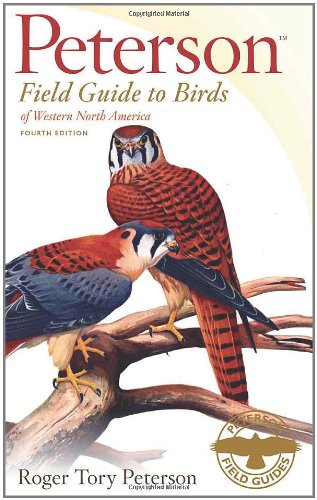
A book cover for Peterson Field Guide to Birds of Western North America, Fourth Edition (Peterson Field Guides); Roger Tory Peterson; Science & Math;